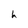
Character: h